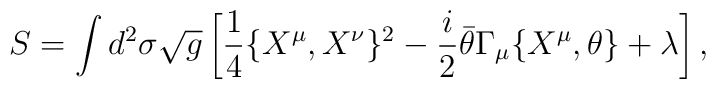
S = \int d^2 \sigma \sqrt{g} \left[    \frac{1}{4} \{ X^{\mu}, X^{\nu} \}^2  - \frac{i}{2} \bar{\theta} \Gamma_{\mu} \{ X^{\mu}, \theta \}   + \lambda \right],